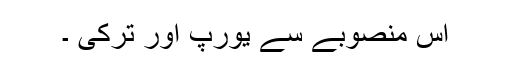
اس منصوبے سے یورپ اور ترکی ۔